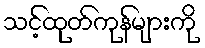
သင့်ထုတ်ကုန်များကို